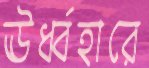
ঊর্ধ্বহারে